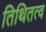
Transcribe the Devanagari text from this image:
तिथितत्व